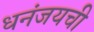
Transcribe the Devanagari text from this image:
धनंजयची